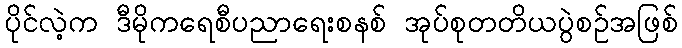
ပိုင်လဲ့က ဒီမိုကရေစီပညာရေးစနစ် အုပ်စုတတိယပွဲစဉ်အဖြစ်